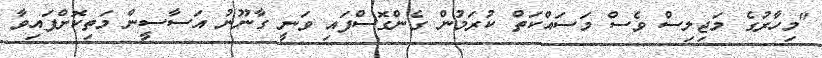
"މިހާރުގެ މަޖިލިސް ވެސް މަސައްކަތް ކުރަމުން ގެންގޮސްފައި ވަނީ ގާނޫނު އަސާސީން މަތިކޮށްފައިވާ